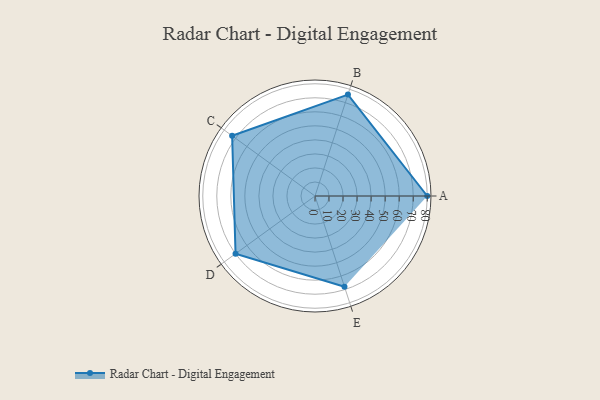
{"axis": {"x": "Skill", "y": "Score"}, "legend": ["Profile"], "data": [{"x": "A", "y": 80.0, "type": "Profile"}, {"x": "B", "y": 76.0, "type": "Profile"}, {"x": "C", "y": 73.0, "type": "Profile"}, {"x": "D", "y": 70.0, "type": "Profile"}, {"x": "E", "y": 68.0, "type": "Profile"}]}